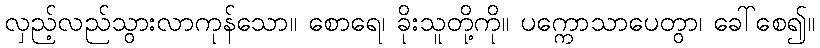
လှည့်လည်သွားလာကုန်သော။ စောရေ၊ ခိုးသူတို့ကို။ ပက္ကောသာပေတွာ၊ ခေါ်စေ၍။